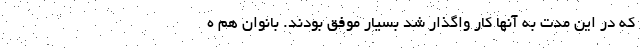
که در این مدت به آنها کار واگذار شد بسیار موفق بودند. بانوان هم ه